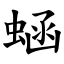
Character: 蜬